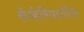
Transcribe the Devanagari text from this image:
सेव्हेरियातील